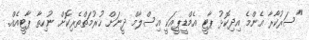
"ސަރުކާރާ އެންމެ އިދިކޮޅު ޕާޓީ އެމްޑީޕީއަކީ އިސްލާމް ދީނަށް ހުރުމަތްތެރިކޮށް ނުހިތާ ޕާޓީއެއް.